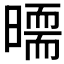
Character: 𣊵